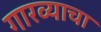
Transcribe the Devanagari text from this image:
गारव्याचा